Document type: Sale
Year: 1435
Scribe: Pere Soler
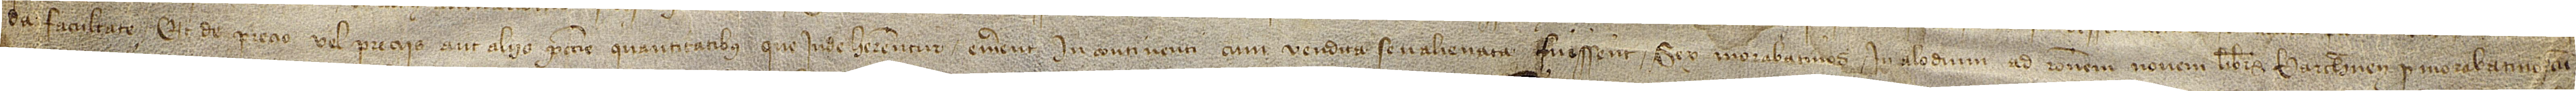
da facultate; et de precio vel preciis aut aliis peccunie quantitatibus que inde haberentur emerent incontinenti cum vendita seu alienata fuissent sex morabatinos in alodium ad rationem novem libras barchinonenses pro morabatino, cum